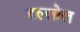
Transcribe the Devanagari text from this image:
दल्लोल